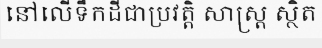
នៅលើទឹកដីជាប្រវត្តិ សាស្ត្រ ស្ថិត